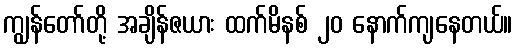
ကျွန်တော်တို့ အချိန်ဇယား ထက်မိနစ် ၂၀ နောက်ကျနေတယ်။